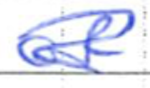
Text: of
Cross-out: scratch
Writing tool: ballpoint